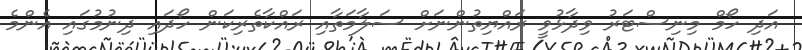
އަދި ހޯމް މިނިސްޓަރު ވިދާޅުވީ ރައްޔިތުންނަށް ސަލާމަތާއި ރައްކާތެރިކަން ހޯދައި ދިނުމުގައި އެންމެ